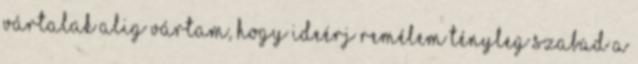
vártalak Alig vártam, hogy ideérj Remélem tényleg szabad a